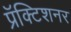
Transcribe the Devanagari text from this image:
प्रॅक्टिशनर